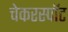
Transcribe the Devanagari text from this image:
चेकरस्पॉट